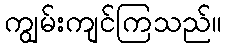
ကျွမ်းကျင်ကြသည်။